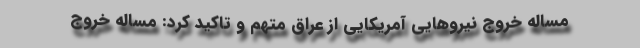
مساله خروج نیروهایی آمریکایی از عراق متهم و تاکید کرد: مساله خروج